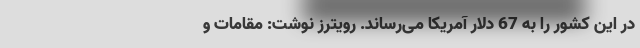
در این کشور را به 67 دلار آمریکا می‌رساند. رویترز نوشت: مقامات و